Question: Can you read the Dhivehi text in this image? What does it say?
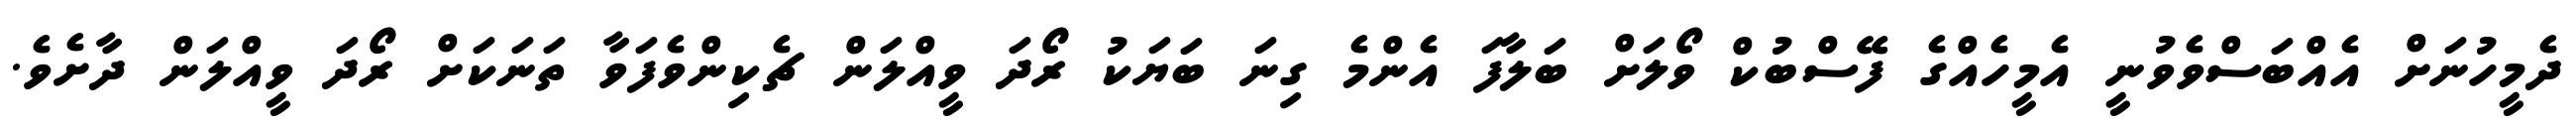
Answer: ދެމީހުނަށް އެއްބަސްވެވުނީ އެމީހެއްގެ ފޭސްބުކް ވޯލަށް ބަލާފަ އެންމެ ގިނަ ބަޔަކު ރޯދަ ވީއްލަން ޗެކިންވެފަވާ ތަނަކަށް ރޯދަ ވީއްލަން ދާށެވެ.